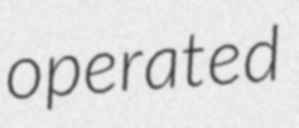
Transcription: operated